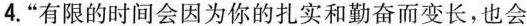
4.”有限的时间会因为你的扎实和勤奋而变长，也会